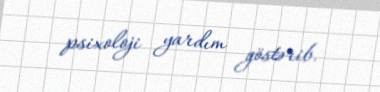
psixoloji yardım göstərib.